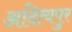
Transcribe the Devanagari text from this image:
अदित्यपुर